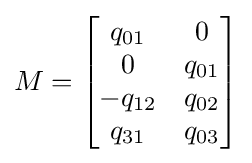
M={\begin{bmatrix}q_{01}&0\\0&q_{01}\\-q_{12}&q_{02}\\q_{31}&q_{03}\end{bmatrix}}